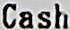
CASH